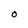
Character: O